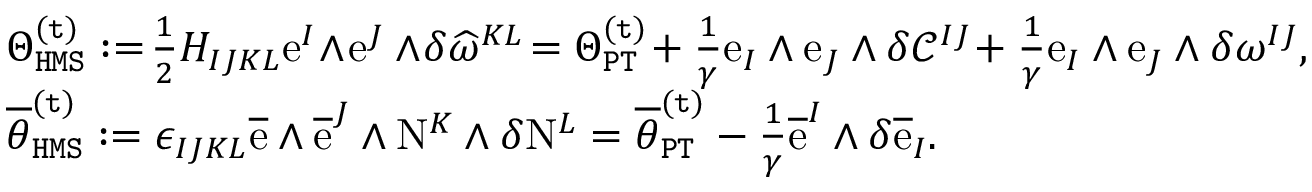
\begin{array} { r l } & { \Theta _ { \mathtt { H M S } } ^ { \mathtt { ( t ) } } : = \! \frac { 1 } { 2 } H _ { I J K L } \mathrm { e } ^ { I } \! \wedge \! \mathrm { e } ^ { J } \wedge \! \delta \widehat { \omega } ^ { K L } \! = \Theta _ { \mathtt { P T } } ^ { \mathtt { ( t ) } } \! + \frac { 1 } { \gamma } \mathrm { e } _ { I } \wedge \mathrm { e } _ { J } \wedge \delta \mathcal { C } ^ { I J } \! + \frac { 1 } { \gamma } \mathrm { e } _ { I } \wedge \mathrm { e } _ { J } \wedge \delta \omega ^ { I J } , } \\ & { \overline { { \theta } } _ { \mathtt { H M S } } ^ { \mathtt { ( t ) } } : = \epsilon _ { I J K L } \overline { { \mathrm { e } } } \wedge \overline { { \mathrm { e } } } ^ { J } \wedge \mathrm { N } ^ { K } \wedge \delta \mathrm { N } ^ { L } = \overline { { \theta } } _ { \mathtt { P T } } ^ { \mathtt { ( t ) } } - \frac { 1 } { \gamma } \overline { { \mathrm { e } } } ^ { I } \wedge \delta \overline { { \mathrm { e } } } _ { I } . } \end{array}